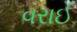
વરાઈ